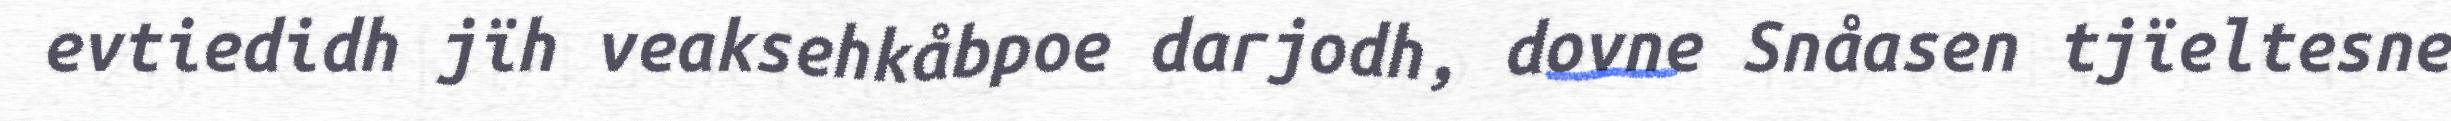
evtiedidh jïh veaksehkåbpoe darjodh, dovne Snåasen tjïeltesne